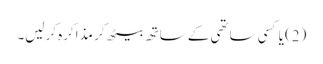
(2) یا کسی ساتھی کے ساتھ بیٹھ کر مذاکرہ کرلیں۔